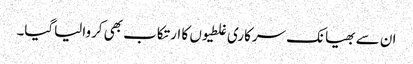
ان سے بھیانک سرکاری غلطیوں کا ارتکاب بھی کروالیاگیا۔